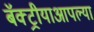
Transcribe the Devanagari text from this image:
बॅक्ट्रीयाआपल्या